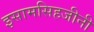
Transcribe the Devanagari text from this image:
इसामसिहजीनी